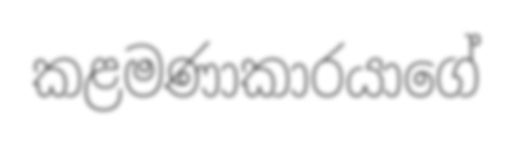
කළමණාකාරයාගේ